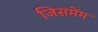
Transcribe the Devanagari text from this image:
जिसमेंम